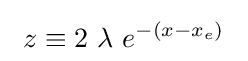
~z\equiv 2\ \lambda \ e^{-\left(x-x_{e}\right)}~